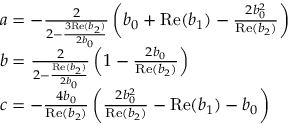
\begin{array} { r l } & { a = - \frac { 2 } { 2 - \frac { 3 \mathrm { R e } ( b _ { 2 } ) } { 2 b _ { 0 } } } \left( b _ { 0 } + \mathrm { R e } ( b _ { 1 } ) - \frac { 2 b _ { 0 } ^ { 2 } } { \mathrm { R e } ( b _ { 2 } ) } \right) } \\ & { b = \frac { 2 } { 2 - \frac { \mathrm { R e } ( b _ { 2 } ) } { 2 b _ { 0 } } } \left( 1 - \frac { 2 b _ { 0 } } { \mathrm { R e } ( b _ { 2 } ) } \right) } \\ & { c = - \frac { 4 b _ { 0 } } { \mathrm { R e } ( b _ { 2 } ) } \left( \frac { 2 b _ { 0 } ^ { 2 } } { \mathrm { R e } ( b _ { 2 } ) } - \mathrm { R e } ( b _ { 1 } ) - b _ { 0 } \right) } \end{array}